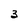
Character: 3